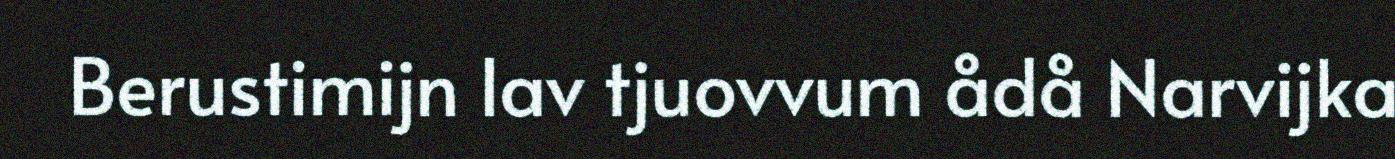
Berustimijn lav tjuovvum ådå Narvijka